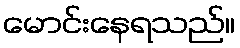
မောင်းနေရသည်။